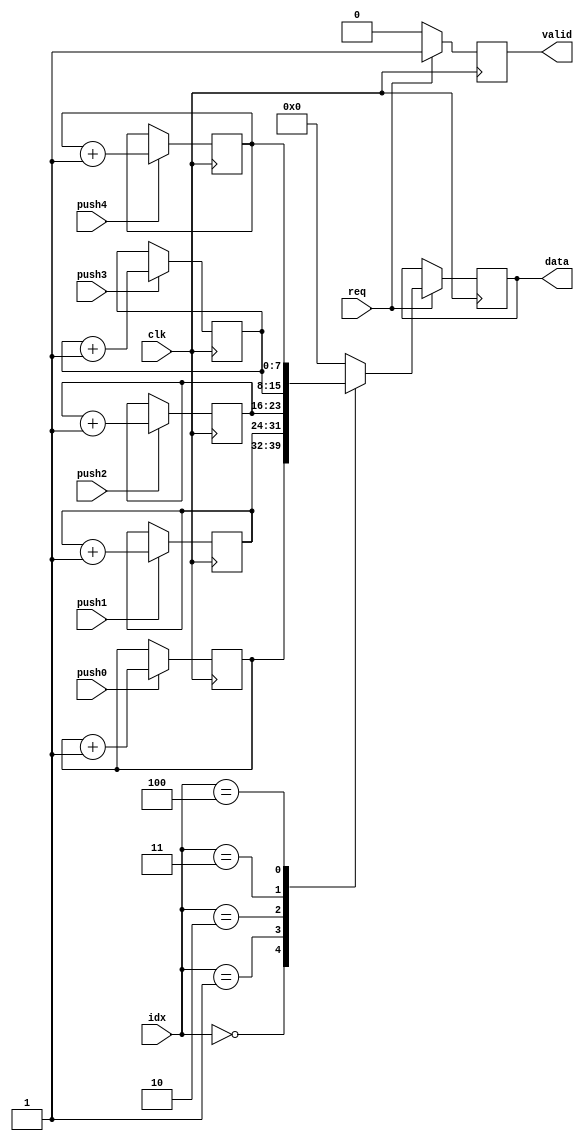
//Proyecto II
//13-11-2021
//Version 1
//Modulo de Contadores

module contador 
(input push0,
input push1,
input push2,
input push3,
input push4,
input req,
input [2:0] idx,
  input clk,
  output reg [7:0] data,
  output reg valid);

initial data <= 0;
initial valid <= 0;
reg [7:0] cuenta0 = 0;
reg [7:0] cuenta1 = 0;
reg [7:0] cuenta2 = 0;
reg [7:0] cuenta3 = 0;
reg [7:0] cuenta4 = 0;

always @(posedge clk) begin
  //Por cada push se incrementa la cantidad de datos
  
  if (push0) cuenta0 <= cuenta0 + 1;

  if (push1) cuenta1 <= cuenta1 + 1;

  if (push2) cuenta2 <= cuenta2 + 1;

  if (push3) cuenta3 <= cuenta3 + 1;

  if (push4) cuenta4 <= cuenta4 + 1;

  if (req) begin
    case (idx)
      0:  data <= cuenta0;
      1:  data <= cuenta1;
      2:  data <= cuenta2;
      3:  data <= cuenta3;
      4:  data <= cuenta4;

      default: data = 0;
    endcase
    valid <= 1;
  end
  else valid <= 0;
end

endmodule